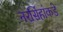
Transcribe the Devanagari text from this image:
नरसिंहांकडे